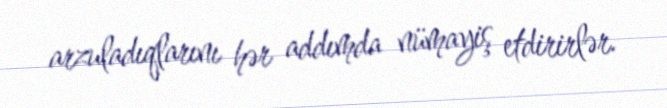
arzuladıqlarını hər addımda nümayiş etdirirlər.